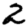
Digit: 2